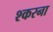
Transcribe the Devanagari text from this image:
श्करना